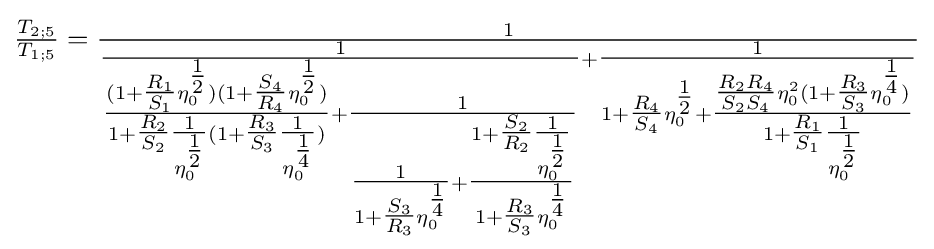
{\tfrac {T_{2;5}}{T_{1;5}}}={\tfrac {1}{{\tfrac {1}{{\tfrac {(1+{\tfrac {R_{1}}{S_{1}}}\eta _{0}^{\tfrac {1}{2}})(1+{\tfrac {S_{4}}{R_{4}}}\eta _{0}^{\tfrac {1}{2}})}{1+{\tfrac {R_{2}}{S_{2}}}{\tfrac {1}{\eta _{0}^{\tfrac {1}{2}}}}(1+{\tfrac {R_{3}}{S_{3}}}{\tfrac {1}{\eta _{0}^{\tfrac {1}{4}}}})}}+{\tfrac {1}{{\tfrac {1}{1+{\tfrac {S_{3}}{R_{3}}}\eta _{0}^{\tfrac {1}{4}}}}+{\tfrac {1+{\tfrac {S_{2}}{R_{2}}}{\tfrac {1}{\eta _{0}^{\tfrac {1}{2}}}}}{1+{\tfrac {R_{3}}{S_{3}}}\eta _{0}^{\tfrac {1}{4}}}}}}}}+{\tfrac {1}{1+{\tfrac {R_{4}}{S_{4}}}\eta _{0}^{\tfrac {1}{2}}+{\tfrac {{\tfrac {R_{2}R_{4}}{S_{2}S_{4}}}\eta _{0}^{2}(1+{\tfrac {R_{3}}{S_{3}}}\eta _{0}^{\tfrac {1}{4}})}{1+{\tfrac {R_{1}}{S_{1}}}{\tfrac {1}{\eta _{0}^{\tfrac {1}{2}}}}}}}}}}